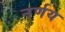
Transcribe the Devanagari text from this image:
नर्णय